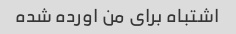
اشتباه برای من اورده شده